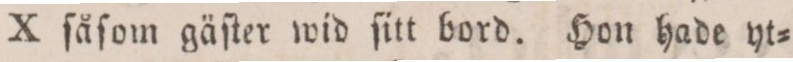
X ſåſom gäſter wid ſitt bord. Hon hade yt=